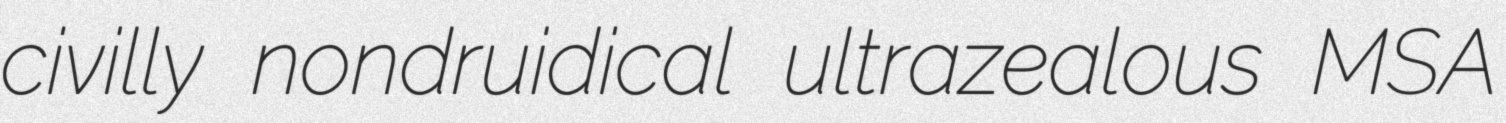
civilly nondruidical ultrazealous MSA